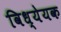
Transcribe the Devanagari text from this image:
विध्येयक